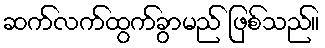
ဆက်လက်ထွက်ခွာမည် ဖြစ်သည်။